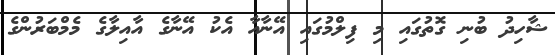
ޝާހިދު ބުނި ގޮތުގައި މި ފިލްމުގައި އޭނާއާ އެކު އޭނާގެ އާއިލާގެ މެމްބަރުންގެ